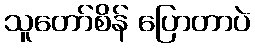
သူတော်စိန် ပြောတာပဲ